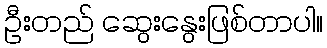
ဦးတည် ဆွေးနွေးဖြစ်တာပါ။